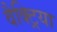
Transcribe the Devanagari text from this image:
वैक्ट्रिया